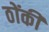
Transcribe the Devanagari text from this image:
ठोंकी